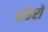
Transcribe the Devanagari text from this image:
भंडरों